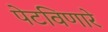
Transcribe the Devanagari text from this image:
पेटविणारे